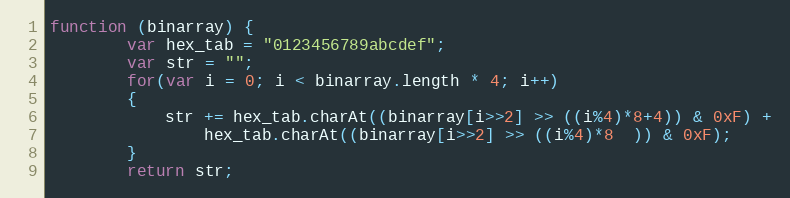
Language: JavaScript
function (binarray) {
        var hex_tab = "0123456789abcdef";
        var str = "";
        for(var i = 0; i < binarray.length * 4; i++)
        {
            str += hex_tab.charAt((binarray[i>>2] >> ((i%4)*8+4)) & 0xF) +
                hex_tab.charAt((binarray[i>>2] >> ((i%4)*8  )) & 0xF);
        }
        return str;